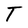
Character: T